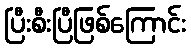
ပြီးစီးပြီဖြစ်ကြောင်း